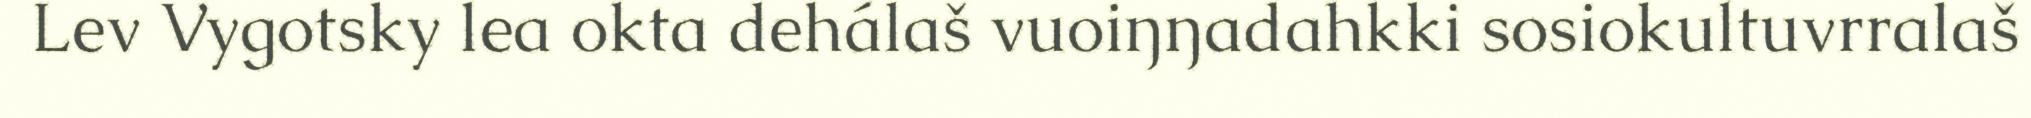
Lev Vygotsky lea okta dehálaš vuoiŋŋadahkki sosiokultuvrralaš